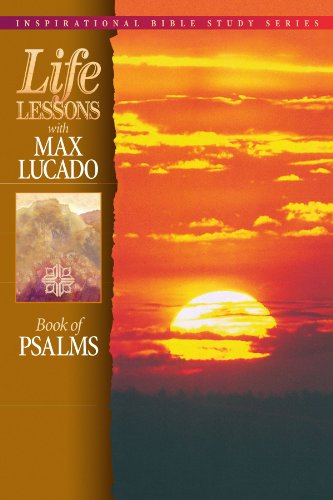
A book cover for Life Lessons with Max Lucado: Book Of Psalms; Max Lucado; Christian Books & Bibles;